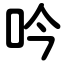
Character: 吟